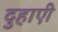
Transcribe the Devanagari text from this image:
दुहाएी